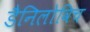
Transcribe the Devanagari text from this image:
डैनिलोविच